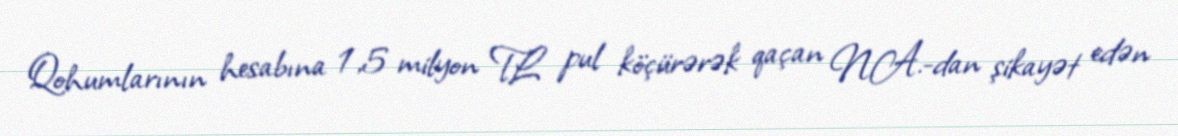
Qohumlarının hesabına 1,5 milyon TL pul köçürərək qaçan N.A.-dan şikayət edən